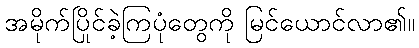
အမိုက်ပြိုင်ခဲ့ကြပုံတွေကို မြင်ယောင်လာ၏။